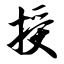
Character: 授